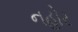
નહોર